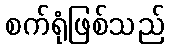
စက်ရုံဖြစ်သည်